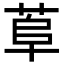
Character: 𦰺